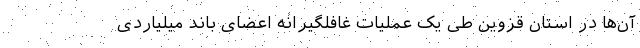
آن‌ها در استان قزوین طی یک عملیات غافلگیرانه اعضای باند میلیاردی